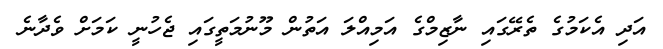
އަދި އެކަމުގެ ތެރޭގައި ނާޒިމްގެ އަމިއްލަ އަތުން މޫނުމަތީގައި ޖެހުނީ ކަމަށް ވެދާނެ